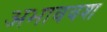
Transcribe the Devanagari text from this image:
अभाववश